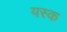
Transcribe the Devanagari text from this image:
यस्क